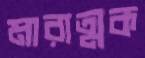
মারাত্মক